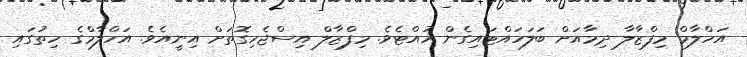
އަހްލާމް މިފްޒާލާ ދިމާއަށް ބަލަހައްޓައިގެން ހުއްޓެވެ. މިފްޒާލް އިސްޖެހިގޮތަށް އިނީއެވެ. އަހްލާމްގެ ހިތުގައި